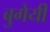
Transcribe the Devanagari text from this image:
बुगेयी